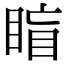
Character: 𥇋